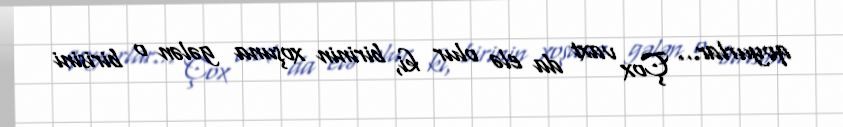
qoyurlar... Çox vaxt da elə olur ki, birinin xoşuna gələn o birisini